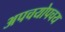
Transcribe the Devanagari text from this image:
अपचयोपचय